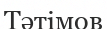
Тәтімов